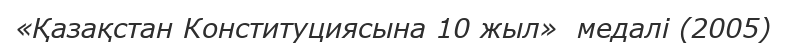
«Қазақстан Конституциясына 10 жыл»  медалі (2005)